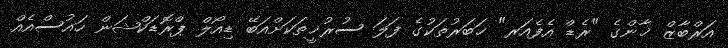
އަރްބާޒް ޚާންގެ "ރެޑް އެފެއަރ" ޚަބަރުތަކުގެ ފަލަ ސުރުޚީތަކަށްއަބޭ ޑިއޯލް ޕްރޮޑަކްޝަން ހައުސްއެއް